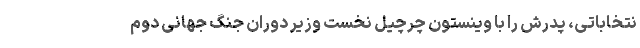
نتخاباتی، پدرش را با وینستون چرچیل نخست وزیر دوران جنگ جهانی دوم